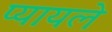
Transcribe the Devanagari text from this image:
प्यायले